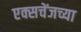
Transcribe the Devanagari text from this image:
एक्सचेंजच्या